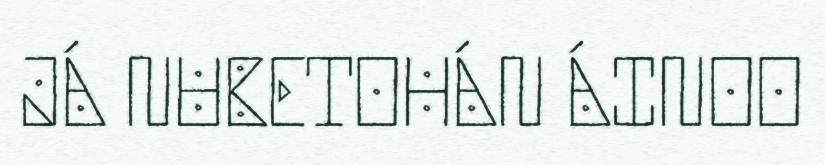
JÁ NUBETOHÁN ÁINOO